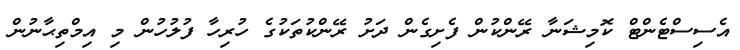
އެސިސްޓެންޓް ކޮމިޝަނާ ރޭންކުން ފެށިގެން ދަށު ރޭންކުތަކުގެ ހުރިހާ ފުލުހުން މި އިމްތިޙާނުން